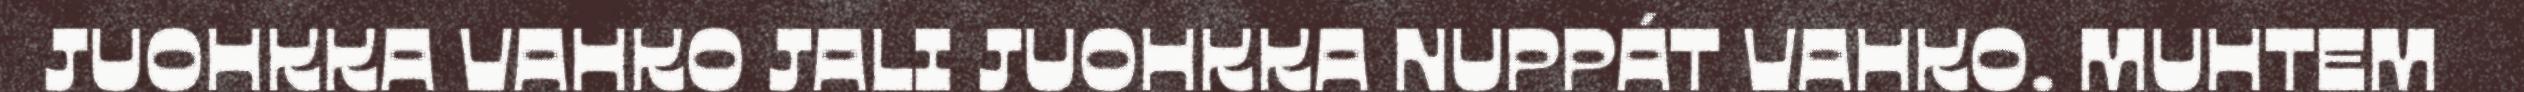
JUOHKKA VAHKO JALI JUOHKKA NUPPÁT VAHKO. MUHTEM